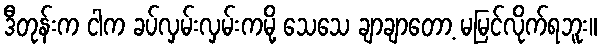
ဒီတုန်းက ငါက ခပ်လှမ်းလှမ်းကမို့ သေသေ ချာချာတော့ မမြင်လိုက်ရဘူး။